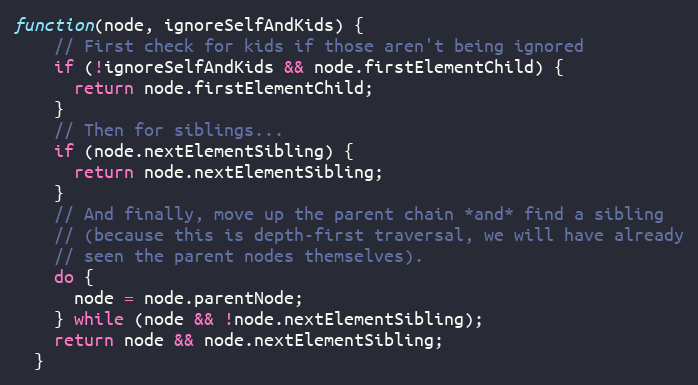
Language: JavaScript
function(node, ignoreSelfAndKids) {
    // First check for kids if those aren't being ignored
    if (!ignoreSelfAndKids && node.firstElementChild) {
      return node.firstElementChild;
    }
    // Then for siblings...
    if (node.nextElementSibling) {
      return node.nextElementSibling;
    }
    // And finally, move up the parent chain *and* find a sibling
    // (because this is depth-first traversal, we will have already
    // seen the parent nodes themselves).
    do {
      node = node.parentNode;
    } while (node && !node.nextElementSibling);
    return node && node.nextElementSibling;
  }